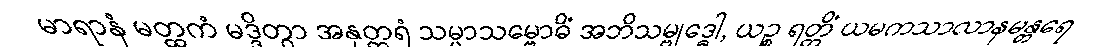
မာရာနံ မတ္ထကံ မဒ္ဒိတွာ အနုတ္တရံ သမ္မာသမ္ဗောဓိံ အဘိသမ္ဗုဒ္ဓေါ, ယဉ္စ ရတ္တိံ ယမကသာလာနမန္တရေ